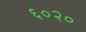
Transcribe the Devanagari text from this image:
६०२०